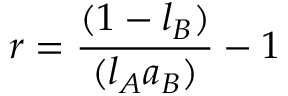
r = { \frac { ( 1 - l _ { B } ) } { ( l _ { A } a _ { B } ) } } - 1